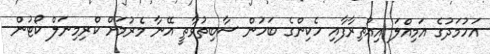
އަހުމަދުގެ އަމިއްލަ އިއުތިރާފާއި ހެކިންގެ ބަހުން ސާބިތުވާތީ އޭނާ މެރުމަށް ކްރިމިނަލް ކޯޓުން